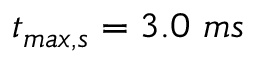
t _ { m a x , s } = 3 . 0 ~ m s